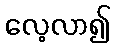
လေ့လာ၍